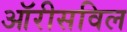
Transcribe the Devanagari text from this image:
ऑरीसविल